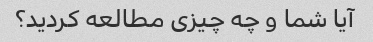
آیا شما و چه چیزی مطالعه کردید؟